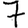
Digit: 7